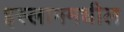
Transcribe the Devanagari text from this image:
इस्लाममधील